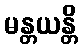
မန္တယန္တိ